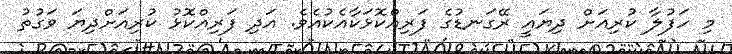
މި ހަފުލާ ކުރިއަށް ދިޔައީ ރޭގަނޑުގެ ފަރިއްކޮޅަކާއެކުއެވެ. އަދި ފަރިއްކޮޅު ކުރިއަށްދިޔަ ވަގުތު